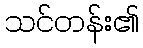
သင်တန်း၏